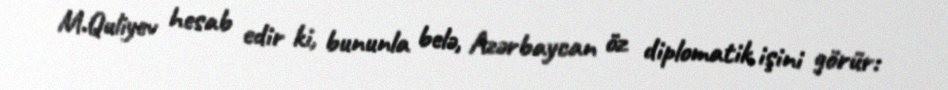
M.Quliyev hesab edir ki, bununla belə, Azərbaycan öz diplomatik işini görür: